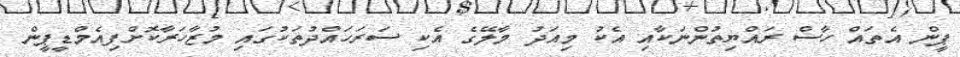
ޕީން އެތައް ހާސް ރައްޔިތުންނަކާއި އެކު މިއަދު މާލޭގެ އެކި ސަރަހައްދުތަކުގައި މުޒާހަރާކޮށްފިއެމްޑީޕީން